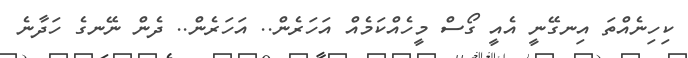
ކިހިނެއްތަ އިނގޭނީ އެއީ ގޯސް މީހެއްކަމެއް އަހަރެން.. އަހަރެން.. ދެން ނޭނގެ ހަދާނެ